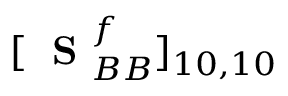
[ \mathrm { ~ \bf ~ S ~ } _ { B B } ^ { f } ] _ { 1 0 , 1 0 }